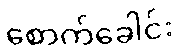
စောက်ခေါင်း